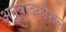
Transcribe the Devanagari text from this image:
अनुवादकौशल